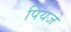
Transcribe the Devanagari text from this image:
पियजे